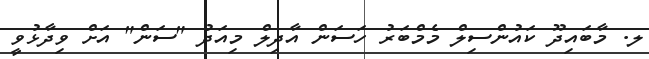
ލ. މާބައިދޫ ކައުންސިލް މެމްބަރު ހަސަން އާދިލް މިއަދު "ސަން" އަށް ވިދާޅުވީ